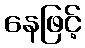
နေဖြင့်